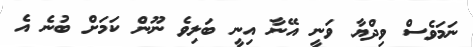
ނަމަވެސް ވިދްޔާ ވަނީ އޭނާ އިނީ ބަލިވެ ނޫން ކަމަށް ބުނެ އެ